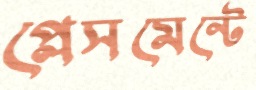
প্লেসমেন্টে